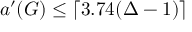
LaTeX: a ^ { \prime } ( G ) \leq \lceil 3 . 7 4 ( \Delta - 1 ) \rceil